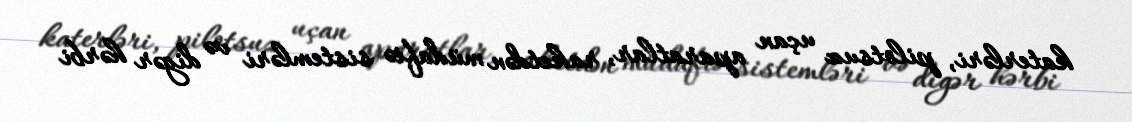
katerləri, pilotsuz uçan aparatlar, raketdən müdafiə sistemləri və digər hərbi